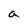
Character: a